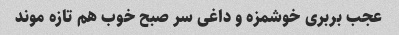
عجب بربری خوشمزه و داغی سر صبح خوب هم تازه موند